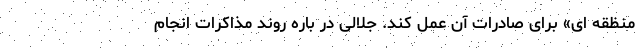
منظقه ای» برای صادرات آن عمل کند. جلالی در باره روند مذاکرات انجام